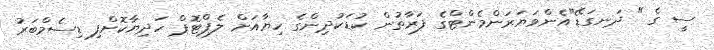
ސީ ގެ " ދަނގަޑޭ"އެންވަޔަރަންމެންޓްގެ ފަރާތުން ކުޑަކުދިންގެ ހިޔާއަށް ލެޕްޓޮޕް ހަދިޔާކޮށްފި ޑިސެމްބަރު